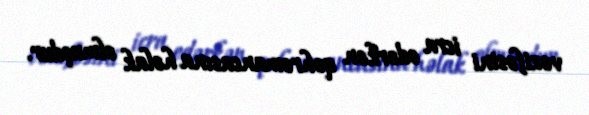
vəzifəsini icra edərkən qəhrəmancasına həlak olmuşdur.